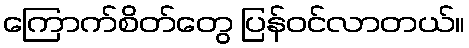
ကြောက်စိတ်တွေ ပြန်ဝင်လာတယ်။